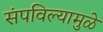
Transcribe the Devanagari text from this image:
संपविल्यामुळे